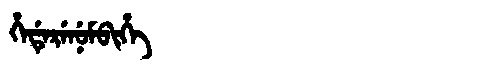
Manchu: ᡥᡝᡩᡝᡵᡝᠨᡠᠮᠪᡳᡥᡝ
Romanization: HEDERENUMBIHE